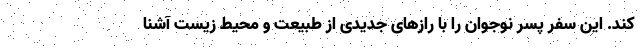
کند. این سفر پسر نوجوان را با رازهای جدیدی از طبیعت و محیط زیست آشنا